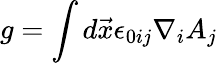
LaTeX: g=\int d\vec{x}\epsilon_{0ij}\nabla_{i}A_{j}